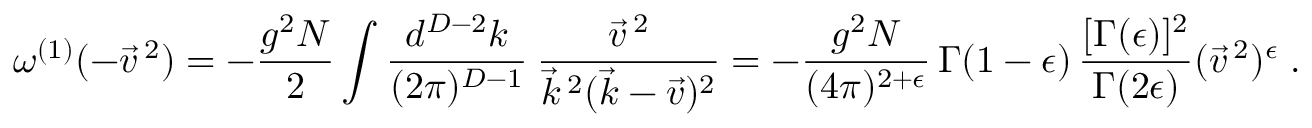
\omega ^ { ( 1 ) } ( - \vec { v } ^ { \: 2 } ) = - \frac { g ^ { 2 } N } { 2 } \int \frac { d ^ { D - 2 } k } { ( 2 \pi ) ^ { D - 1 } } \: \frac { \vec { v } ^ { \: 2 } } { \vec { k } ^ { \: 2 } ( \vec { k } - \vec { v } ) ^ { 2 } } = - \frac { g ^ { 2 } N } { ( 4 \pi ) ^ { 2 + \epsilon } } \, \Gamma ( 1 - \epsilon ) \, \frac { [ \Gamma ( \epsilon ) ] ^ { 2 } } { \Gamma ( 2 \epsilon ) } ( \vec { v } ^ { \: 2 } ) ^ { \epsilon } \; .